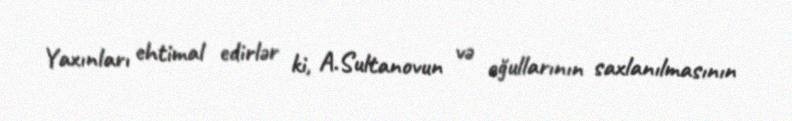
Yaxınları ehtimal edirlər ki, A.Sultanovun və oğullarının saxlanılmasının